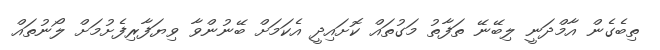
ތިބެގެން އާމްދަނީ ލިބޭނޭ ތަފާތު މަގުތައް ކޮށައިދީ އެކަމަށް ބޭނުންވާ ވިޔަފާރިފެށުމަށް ލޯނުތައް